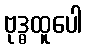
ဗုဒ္ဓထူပေါ